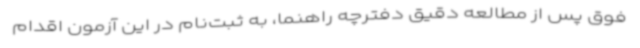
فوق پس از مطالعه دقیق دفترچه راهنما، به ثبت‌نام در این آزمون اقدام